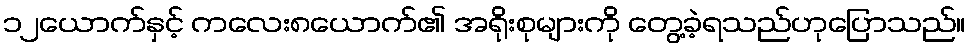
၁၂ယောက်နှင့် ကလေး၈ယောက်၏ အရိုးစုများကို တွေ့ခဲ့ရသည်ဟုပြောသည်။